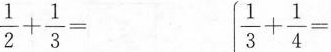
$$\frac { 1 } { 2 }+ \frac { 1 } { 3 } =$$ $$\frac { 1 } { 3 } + \frac { 1 } { 4 } =$$